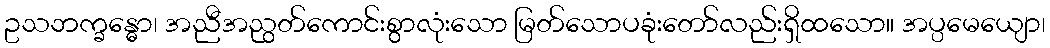
ဥသဘက္ခန္ဓော၊ အညီအညွတ်ကောင်းစွာလုံးသော မြတ်သောပခုံးတော်လည်းရှိထသော။ အပ္ပမေယျော၊